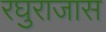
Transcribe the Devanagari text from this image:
रघुराजास